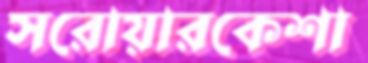
সরোয়ারকেশা